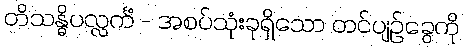
တိသန္ဓိပလ္လင်္ကံ - အစပ်သုံးခုရှိသော တင်ပျဉ်ခွေကို